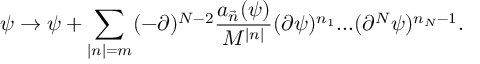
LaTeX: \psi \rightarrow \psi + \sum _ { | n | = m } ( - \partial ) ^ { N - 2 } \frac { a _ { \vec { n } } ( \psi ) } { M ^ { | n | } } ( \partial \psi ) ^ { n _ { 1 } } . . . ( \partial ^ { N } \psi ) ^ { n _ { N } - 1 } .